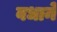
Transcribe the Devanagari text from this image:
वधाने